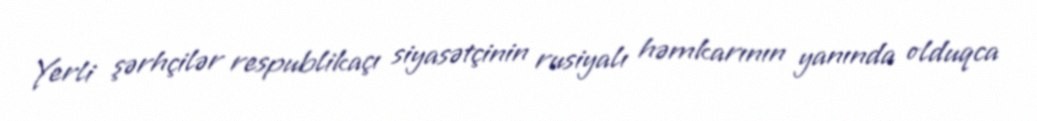
Yerli şərhçilər respublikaçı siyasətçinin rusiyalı həmkarının yanında olduqca